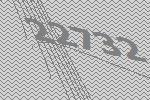
22732